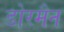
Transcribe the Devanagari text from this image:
डोरमैन